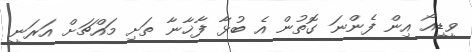
ވީޑިއޯ އިން ފެންނަ ގޮތުން އެ ބުޅާ ފާޚާނާ ތަށި މައްޗަށް އަރަނީ